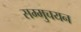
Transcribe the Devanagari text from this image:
सम्मुचयन